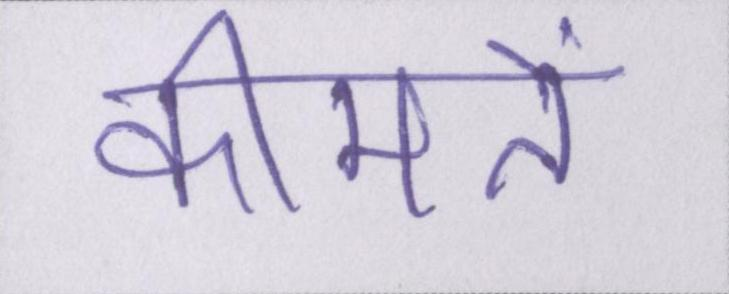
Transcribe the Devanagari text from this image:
कीमतें